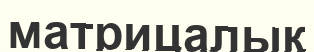
матрицалық